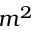
m ^ { 2 }